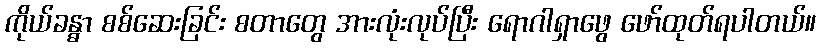
ကိုယ်ခန္ဓာ စစ်ဆေးခြင်း စတာတွေ အားလုံးလုပ်ပြီး ရောဂါရှာဖွေ ဖော်ထုတ်ရပါတယ်။